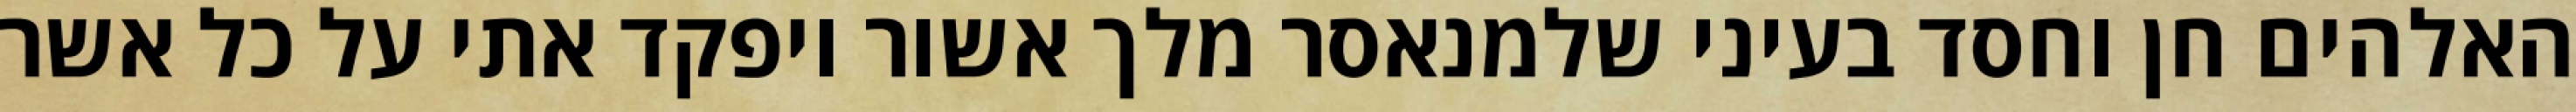
האלהים חן וחסד בעיני שלמנאסר מלך אשור ויפקד אתי על כל אשר